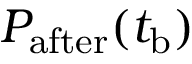
P _ { \mathrm { a f t e r } } ( t _ { \mathrm { b } } )